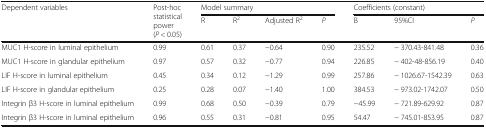
| <ROWSPAN=2> Dependent variables | <ROWSPAN=2> Post-hoc statistical power (P < 0.05) | <COLSPAN=4> Model summary | <COLSPAN=3> Coefficients (constant) |
 | R | R2 | Adjusted R2 | P | B | 95%CI | P |
 | --- | --- | --- | --- | --- | --- | --- | --- | --- |
 | MUC1 H-score in luminal epithelium | 0.99 | 0.61 | 0.37 | −0.64 | 0.90 | 235.52 | − 370.43-841.48 | 0.36 |
 | MUC1 H-score in glandular epithelium | 0.97 | 0.57 | 0.32 | −0.77 | 0.94 | 226.85 | − 402-48-856.19 | 0.40 |
 | LIF H-score in luminal epithelium | 0.45 | 0.34 | 0.12 | −1.29 | 0.99 | 257.86 | − 1026.67-1542.39 | 0.63 |
 | LIF H-score in glandular epithelium | 0.25 | 0.28 | 0.07 | −1.40 | 1.00 | 384.53 | − 973.02-1742.07 | 0.50 |
 | Integrin β3 H-score in luminal epithelium | 0.99 | 0.68 | 0.50 | −0.39 | 0.79 | −45.99 | − 721.89-629.92 | 0.87 |
 | Integrin β3 H-score in luminal epithelium | 0.96 | 0.55 | 0.31 | −0.81 | 0.95 | 54.47 | − 745.01-853.95 | 0.87 |